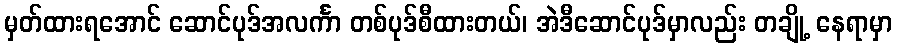
မှတ်ထားရအောင် ဆောင်ပုဒ်အလင်္ကာ တစ်ပုဒ်စီထားတယ်၊ အဲဒီဆောင်ပုဒ်မှာလည်း တချို့ နေရာမှာ